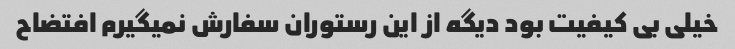
خیلی بی کیفیت بود دیگه از این رستوران سفارش نمیگیرم افتضاح